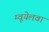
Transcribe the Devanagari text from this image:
म्वूयेलवा